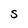
Character: S